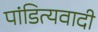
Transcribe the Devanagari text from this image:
पांडित्यवादी